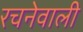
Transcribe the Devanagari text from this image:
रचनेवाली